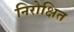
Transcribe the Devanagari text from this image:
निरोक्षित